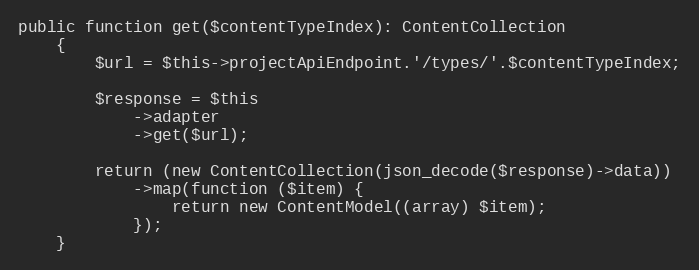
Language: PHP
public function get($contentTypeIndex): ContentCollection
    {
        $url = $this->projectApiEndpoint.'/types/'.$contentTypeIndex;

        $response = $this
            ->adapter
            ->get($url);

        return (new ContentCollection(json_decode($response)->data))
            ->map(function ($item) {
                return new ContentModel((array) $item);
            });
    }